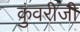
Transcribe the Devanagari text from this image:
कुंवरीजी